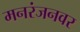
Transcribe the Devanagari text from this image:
मनरंजनवर